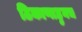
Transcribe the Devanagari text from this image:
ठिकाणाहुनच